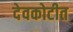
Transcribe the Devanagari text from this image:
देवकोटीत